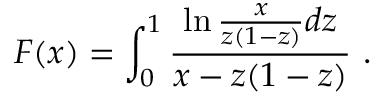
{ \cal F } ( x ) = \int _ { 0 } ^ { 1 } { \frac { \ln \frac { x } { z ( 1 - z ) } d z } { x - z ( 1 - z ) } } \ .